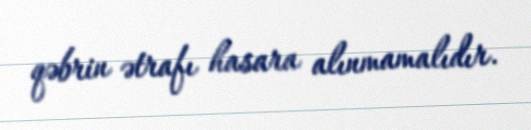
qəbrin ətrafı hasara alınmamalıdır.